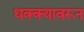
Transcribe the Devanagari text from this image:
धक्क्यावरून